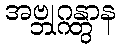
အဗ္ဘုဂ္ဂန္တွာန